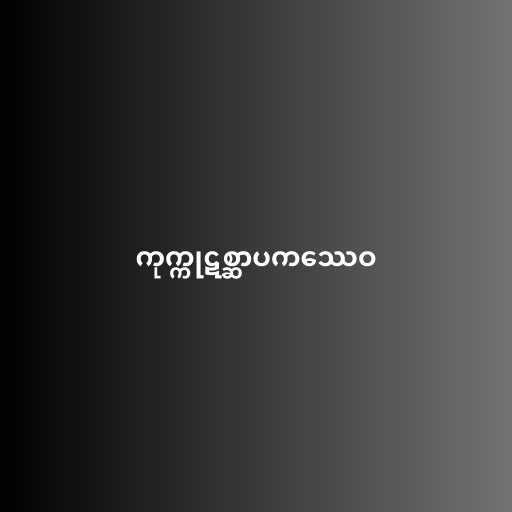
ကုက္ကုဋစ္ဆာပကဿေဝ